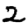
Digit: 2